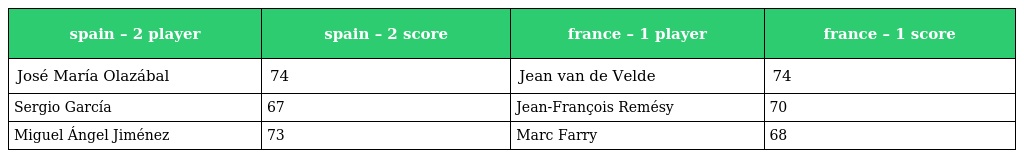
| spain – 2 player | spain – 2 score | france – 1 player | france – 1 score |
 | --- | --- | --- | --- |
 | José María Olazábal | 74 | Jean van de Velde | 74 |
 | Sergio García | 67 | Jean-François Remésy | 70 |
 | Miguel Ángel Jiménez | 73 | Marc Farry | 68 |